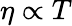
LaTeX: \eta\propto T